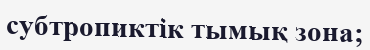
субтропиктік тымық зона;